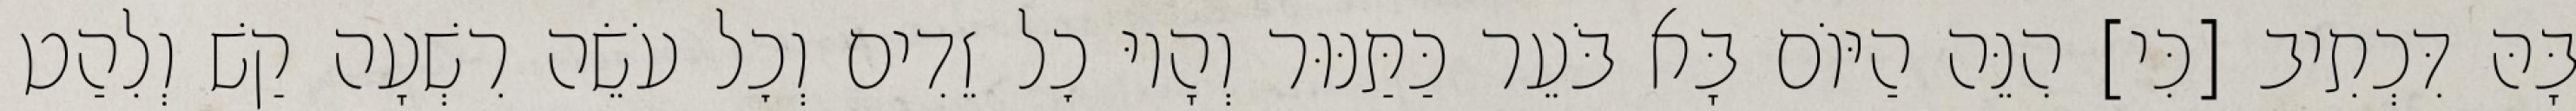
בָּהּ דִּכְתִיב [כִּי] הִנֵּה הַיּוֹם בָּא בֹּעֵר כַּתַּנּוּר וְהָיוּ כׇל זֵדִים וְכׇל עֹשֵׂה רִשְׁעָה קַשׁ וְלִהַט